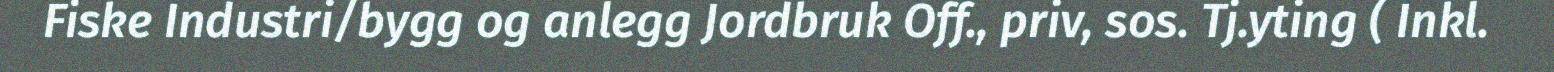
Fiske Industri/bygg og anlegg Jordbruk Off., priv, sos. Tj.yting ( Inkl.